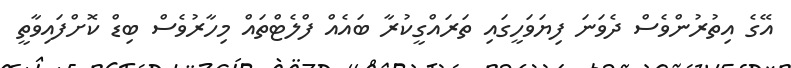
އޭގެ އިތުރުންވެސް ދެވަނަ ފިޔަވަހީގައި ތަރައްގީކުރާ ބައެއް ފްލެޓްތައް މިހާރުވެސް ބިޑް ކޮށްފައިވާތީ